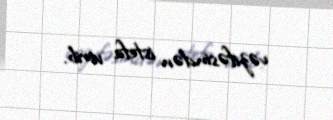
vəzifəsindən istefa verib.